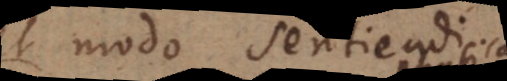
et modo sentiendi.